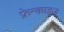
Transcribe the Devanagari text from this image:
फ्रेन्‍काइज